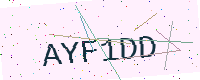
Text: AYF1DD